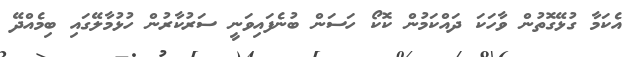
އެކަމާ ގުޅޭގޮތުން ވާހަކަ ދައްކަމުން ކޮކޯ ހަސަން ބުނެފައިވަނީ ސަރުކާރުން ހުޅުމާލޭގައި ބިމެއްދޭ